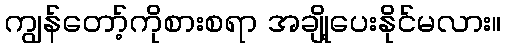
ကျွန်တော့်ကိုစားစရာ အချို့ပေးနိုင်မလား။